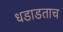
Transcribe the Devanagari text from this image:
धडाडताच